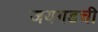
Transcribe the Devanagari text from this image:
जयगडची